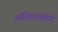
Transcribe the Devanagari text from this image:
आदिलशहीने